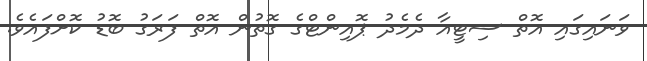
ވަނައިގައި އޮތް ސިޓީއާ ދެމެދު ޕޮއިންޓްގެ ގޮތުން އޮތް ފަރަގު ބޮޑު ކޮށްފައެވެ.